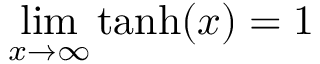
\operatorname* { l i m } _ { x \rightarrow \infty } \operatorname { t a n h } ( x ) = 1